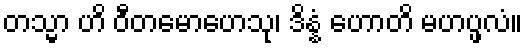
တသ္မာ ဟိ ဝီတမောဟေသု၊ ဒိန္နံ ဟောတိ မဟပ္ဖလံ။